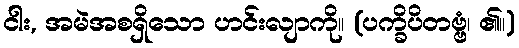
ငါး, အမဲအစရှိသော ဟင်းလျာကို။ (ပက္ခိပိတဗ္ဗံ၊ ၏။)